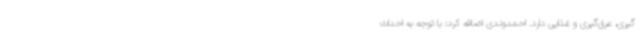
گیری، عرق‌گیری و غذایی دارد. احمدوندی اضافه کرد: با توجه به احداث